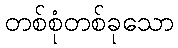
တစ်စုံတစ်ခုသော